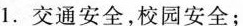
1.交通安全，校园安全；